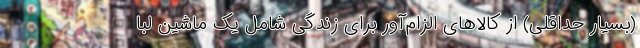
(بسیار حداقلی) از کالاهای الزام‌آور برای زندگی شاملِ یک ماشین لبا